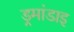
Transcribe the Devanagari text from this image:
ड्रमांडाइ